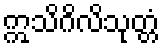
ဣသိဂိလိသုတ္တံ